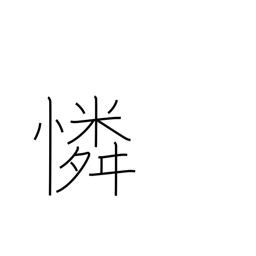
Meaning: compassion